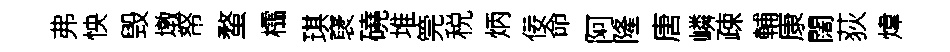
弗怏毁墩帑蝥櫺琪裦磽堆筦税炳佞命阿隆唐嶙疎輔康闊荻煒